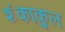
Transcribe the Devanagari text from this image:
शंकाकुल